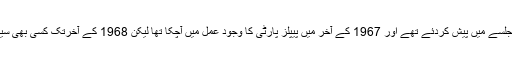
گو کہ فروری 1966 میں عوامی لیگ نے اپنے چھ نکات لاہور کے جلسے میں پیش کردئے تھے اور 1967 کے آخر میں پیپلز پارٹی کا وجود عمل میں آچکا تھا لیکن 1968 کے آخرتک کسی بھی سیاسی پارٹی نے واضح طور پر عوامی مظاہروں میں حصہ نہیں لیا تھا۔